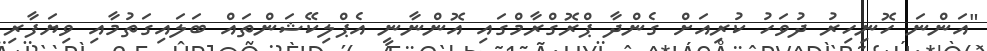
"އަންނަ ހޮނިހިރު ދުވަހު ކުރިއަށް ގެންދާ ޕްރޮގްރާމްގައި އޮންނާނީ އެޕްލިކޭޝަންތައް ބަލައިގަތުމާއި ވިޔަފާރި